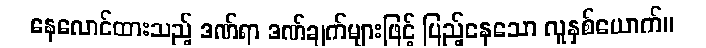
နေလောင်ထားသည့် ဒဏ်ရာ ဒဏ်ချက်များဖြင့် ပြည့်နေသော လူနှစ်ယောက်။